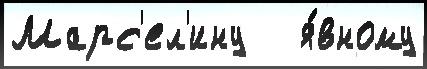
Марс'ел'ину   я́вному